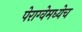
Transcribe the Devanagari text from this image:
पेराग्वेमध्येच